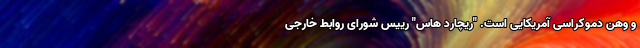
و وهن دموکراسی آمریکایی است. "ریچارد هاس" رییس شورای روابط خارجی